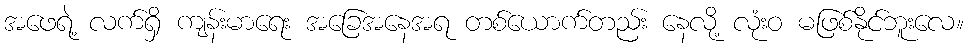
အဖေရဲ့ လက်ရှိ ကျန်းမာရေး အခြေအနေအရ တစ်ယောက်တည်း နေလို့ လုံးဝ မဖြစ်နိုင်ဘူးလေ။